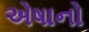
એષાનો